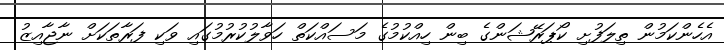
އެހެންކަމުން ތިލަފުށި ކޯޕަރޭޝަންގެ ބިން ހިއްކުމުގެ މަސައްކަތް ހަވާލުކުރުމުގައި ވަކި ފަރާތަކަށް ނާޖާއިޒު